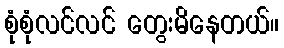
စုံစုံလင်လင် တွေးမိနေတယ်။